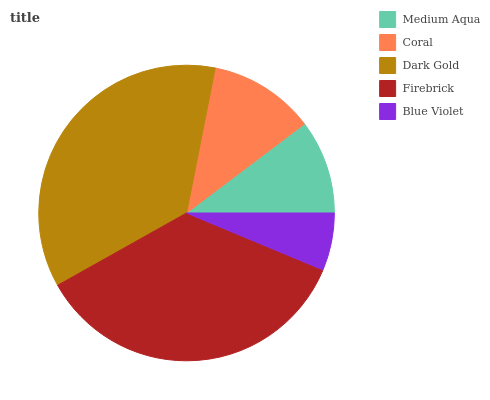
| Medium Aqua | Coral | Dark Gold | Firebrick | Blue Violet |
 | --- | --- | --- | --- | --- |
 | 10.3% | 11.6% | 36.2% | 35.6% | 6.28% |